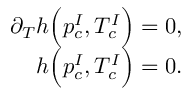
\begin{array} { r } { \partial _ { T } h \Big ( p _ { c } ^ { I } , T _ { c } ^ { I } \Big ) = 0 , } \\ { h \Big ( p _ { c } ^ { I } , T _ { c } ^ { I } \Big ) = 0 . } \end{array}